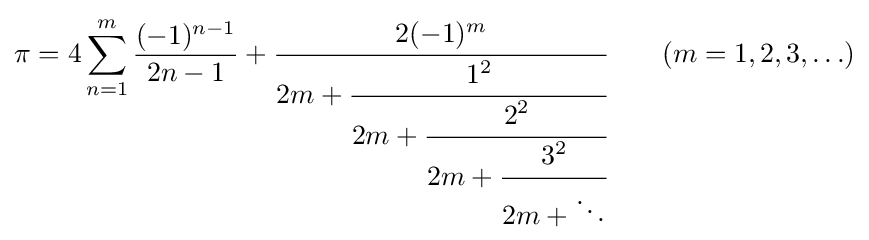
\pi =4\sum _{n=1}^{m}{\frac {(-1)^{n-1}}{2n-1}}+{\cfrac {2(-1)^{m}}{2m+{\cfrac {1^{2}}{2m+{\cfrac {2^{2}}{2m+{\cfrac {3^{2}}{2m+\ddots }}}}}}}}\qquad (m=1,2,3,\ldots )